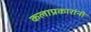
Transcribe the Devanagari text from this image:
कलाप्रकारांनी